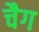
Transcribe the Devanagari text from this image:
चैग